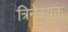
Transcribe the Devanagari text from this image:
त्रिनेत्रयुक्त